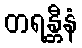
တရန္တီနံ